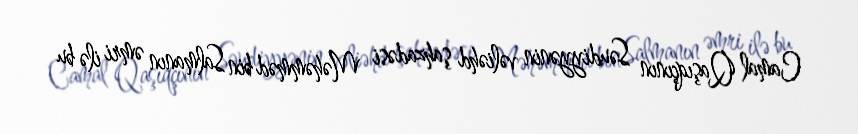
Camal Qaşıqçının Səudiyyənin vəliəhd şahzadəsi Məhəmməd bin Salmanın əmri ilə bu